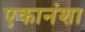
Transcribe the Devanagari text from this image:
एकानंशा